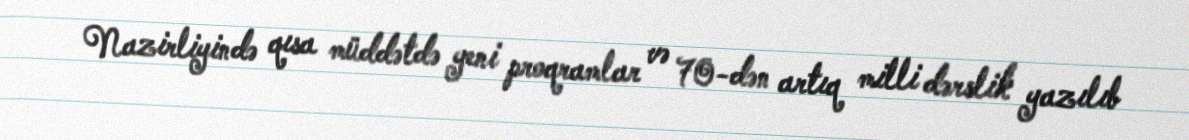
Nazirliyində qısa müddətdə yeni proqramlar və 70-dən artıq milli dərslik yazılıb